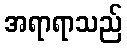
အရာရာသည်